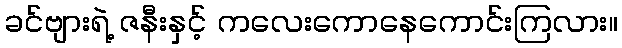
ခင်ဗျားရဲ့ ဇနီးနှင့် ကလေးကောနေကောင်းကြလား။